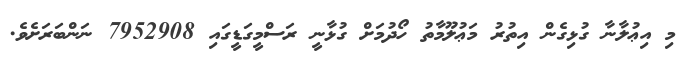
މި އިޢުލާނާ ގުޅިގެން އިތުރު މަޢުލޫމާތު ހޯދުމަށް ގުޅާނީ ރަސްމީގަޑީގައި 7952908 ނަންބަރަށެވެ.